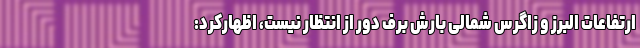
ارتفاعات البرز و زاگرس شمالی بارش برف دور از انتظار نیست، اظهارکرد: